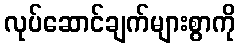
လုပ်ဆောင်ချက်များစွာကို